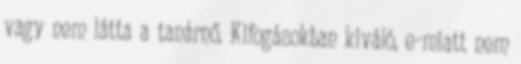
vagy nem látta a tanárnő. Kifogásokban kiváló, e-miatt nem